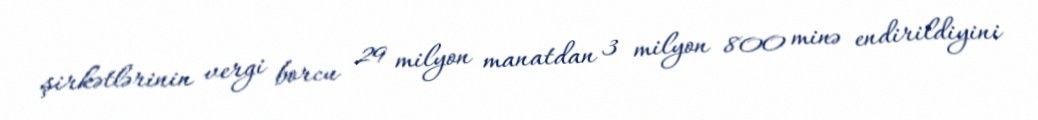
şirkətlərinin vergi borcu 29 milyon manatdan 3 milyon 800 minə endirildiyini